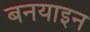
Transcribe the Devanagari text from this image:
बनयाइन